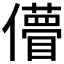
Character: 𠐧